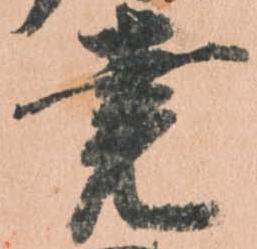
堯